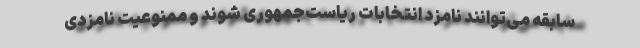
سابقه می‌توانند نامزد انتخابات ریاست‌جمهوری شوند و ممنوعیت نامزدی